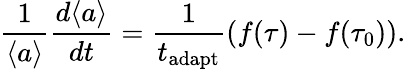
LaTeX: \frac{1}{\langle a\rangle}\frac{d\langle a\rangle}{dt}=\frac{1}{t_{\mathrm{adapt}}}\left(f(\tau)-f(\tau_{0})\right).